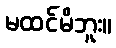
မထင်မိဘူး။